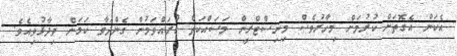
އެކަން އެގޮތަށް ކުރުމަށް މިހާރުވެސް މިނިސްޓްރީން މަސައްކަތް ކުރައްވަމުން ގެންދަވާ ކަމަށް ވިދާޅުވިއެވެ.